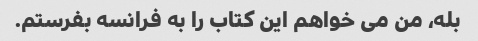
بله، من می خواهم این کتاب را به فرانسه بفرستم.